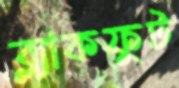
ব্ল্যাকফুট